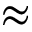
\approx